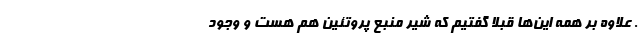
. علاوه بر همه این‌ها قبلا گفتیم که شیر منبع پروتئین هم هست و وجود